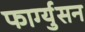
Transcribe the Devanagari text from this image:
फार्ग्युसन